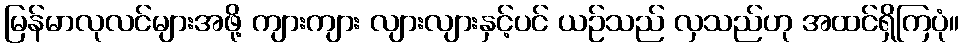
မြန်မာလုလင်များအဖို့ ကျားကျား လျားလျားနှင့်ပင် ယဉ်သည် လှသည်ဟု အထင်ရှိကြပုံ။